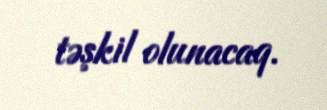
təşkil olunacaq.